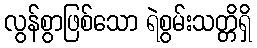
လွန်စွာဖြစ်သော ရဲစွမ်းသတ္တိရှိ